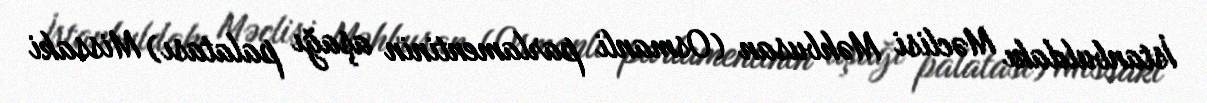
İstanbuldakı Məclisi Məhbusan (Osmanli parlamentinin aşağı palatası) Missaki